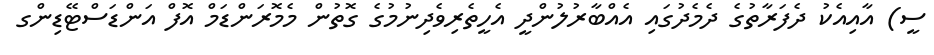
ސީ) އާއިއެކު ދެފަރާތުގެ ދެމެދުގައި އެއްބާރުލުންދީ އެހީތެރިވެދިނުމުގެ ގޮތުން މެމޮރަންޑަމް އޮފް އަންޑަސްޓޭޑިންގ